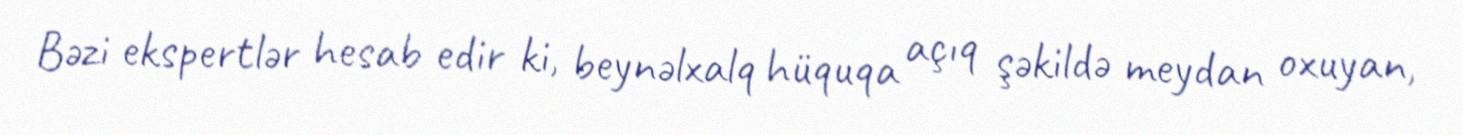
Bəzi ekspertlər hesab edir ki, beynəlxalq hüquqa açıq şəkildə meydan oxuyan,